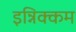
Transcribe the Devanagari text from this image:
इन्निक्कम